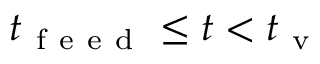
t _ { \mathrm { ~ f ~ e ~ e ~ d ~ } } \leq t < t _ { \mathrm { ~ v ~ } }